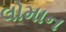
લોમાન